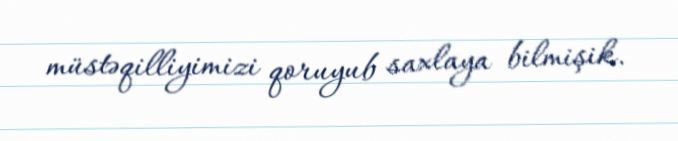
müstəqilliyimizi qoruyub saxlaya bilmişik.